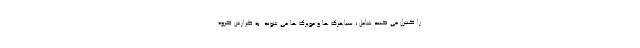
را کنترل می کنند شامل ، سیاهرگ ها و مویرگ ها می شوند. به گزارش گروه